DOW-UAP-D48, Department of the Air Force Report, 1996
Agency: Department of War
Incident date: 9/10/96
Page 79
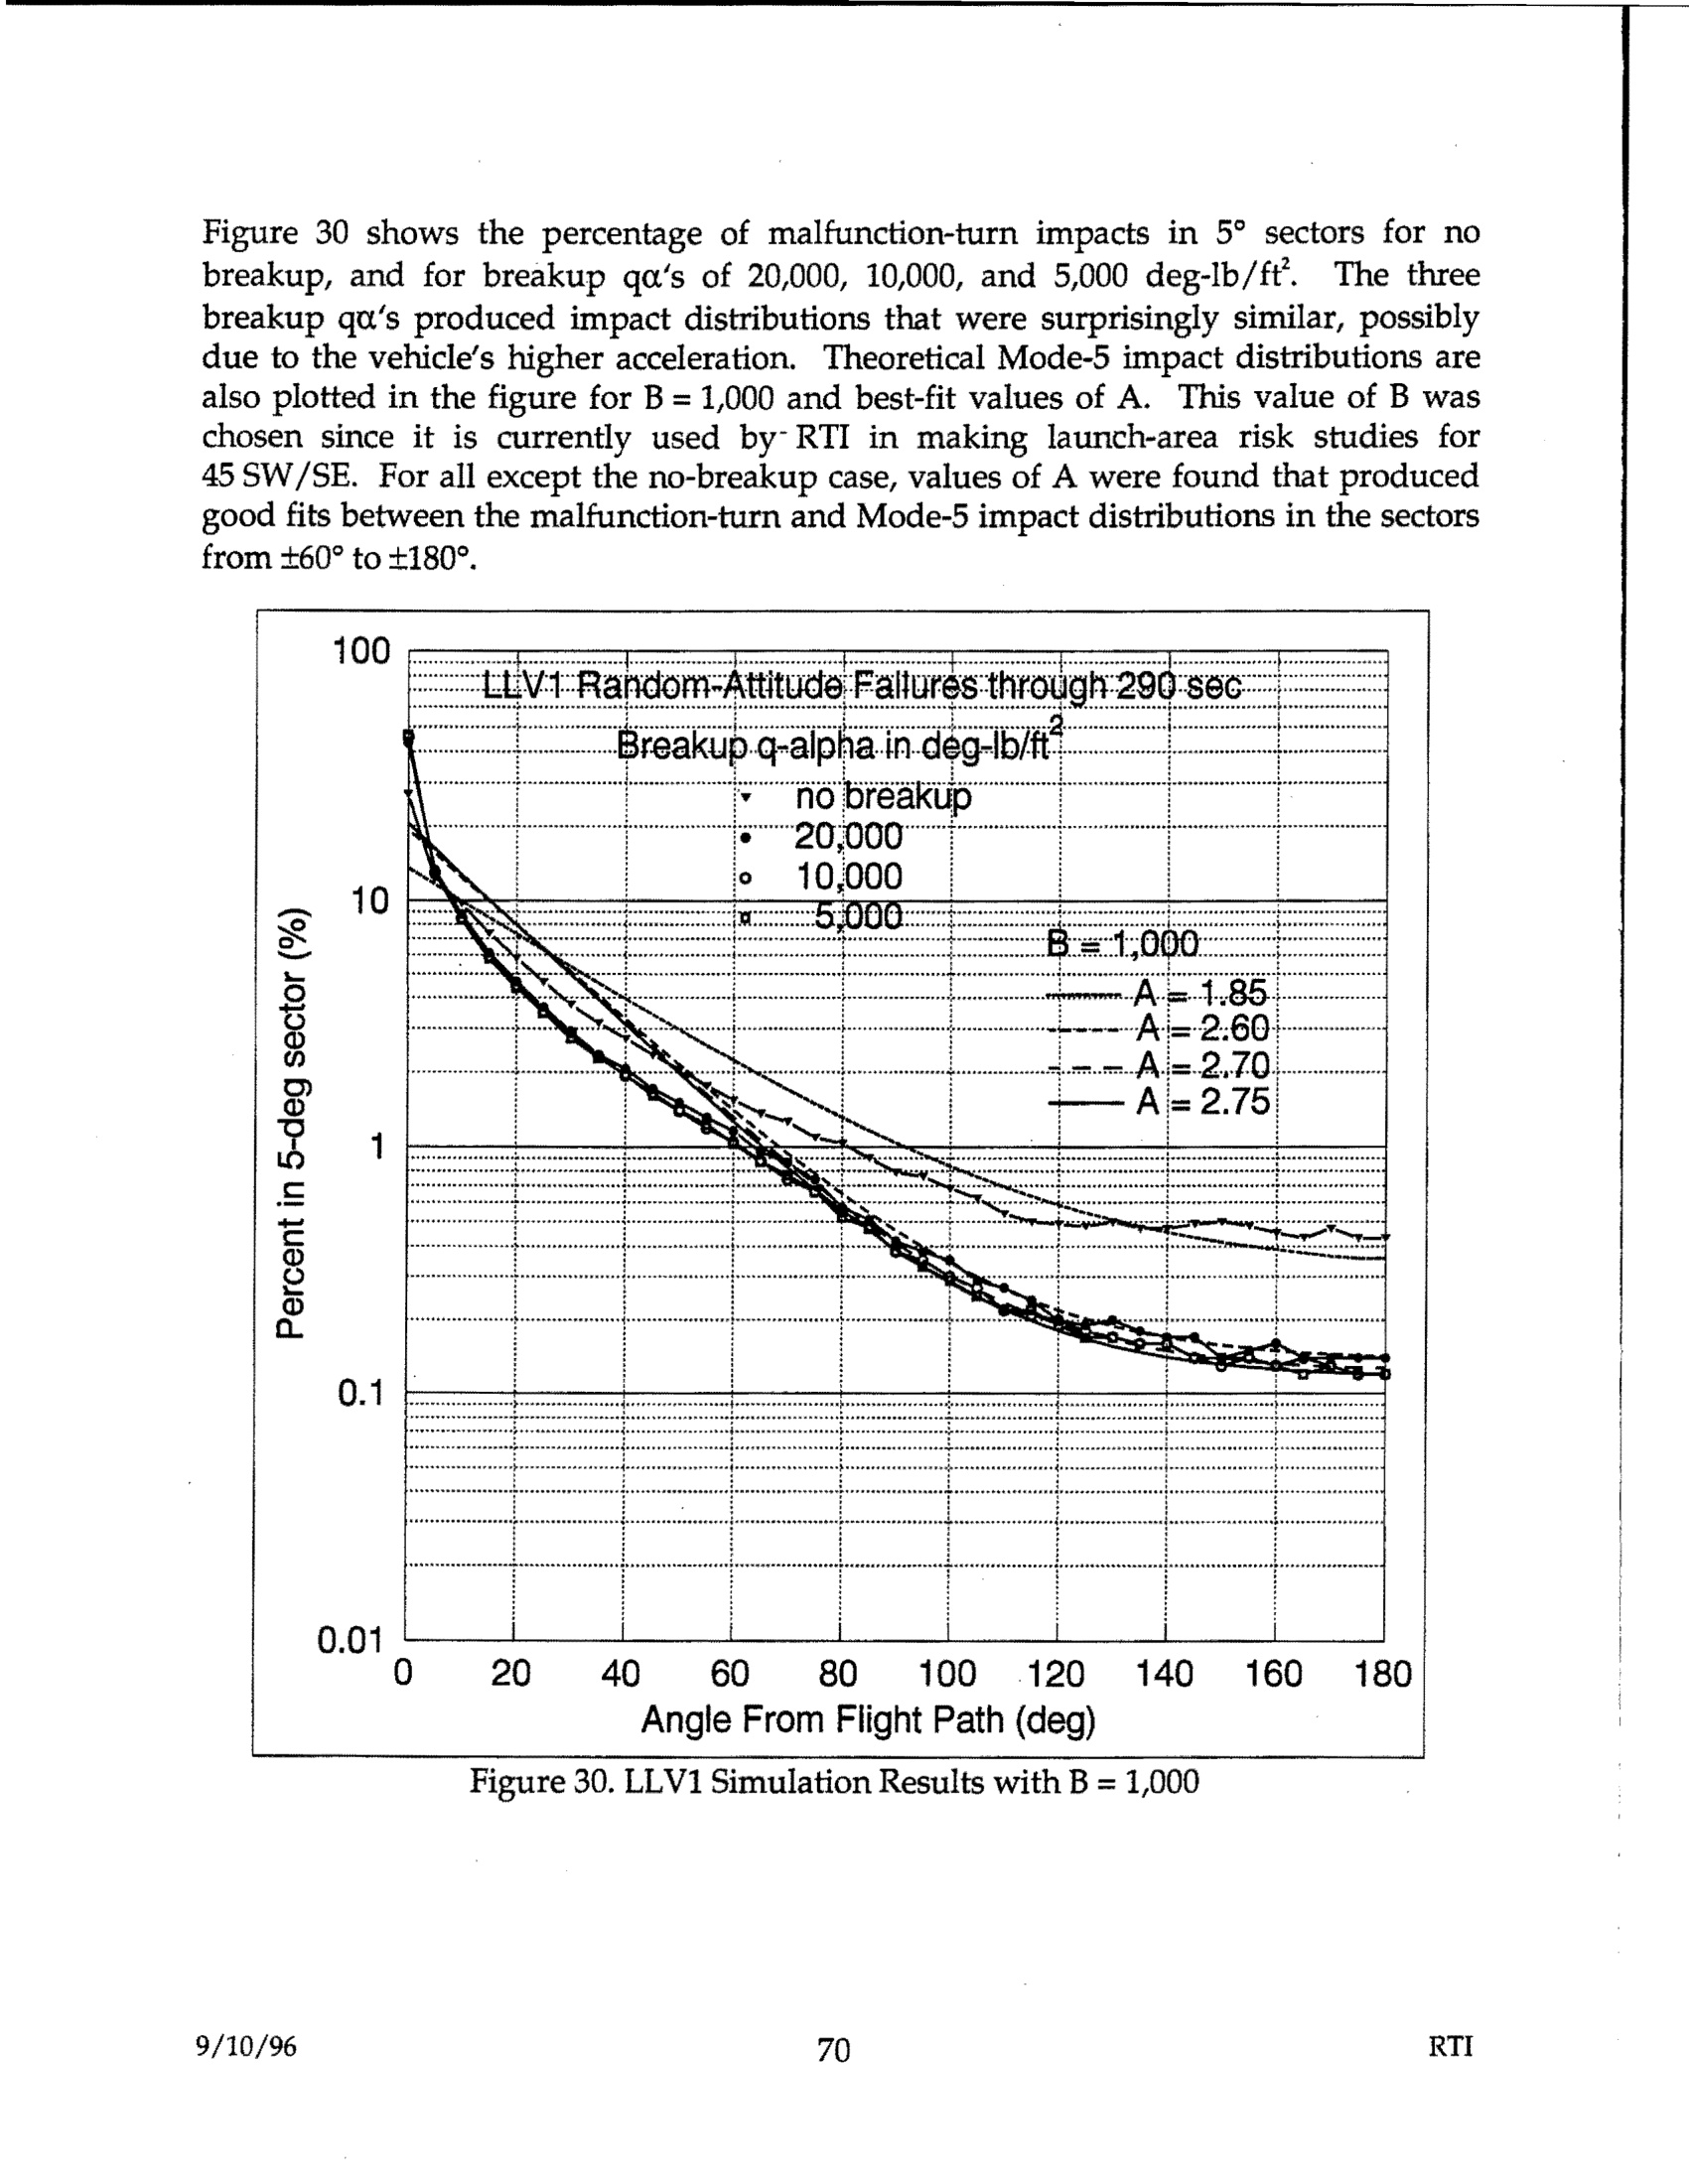